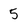
Character: 5